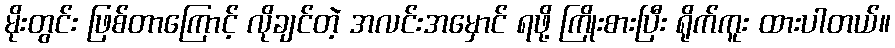
မိုးတွင်း ဖြစ်တာကြောင့် လိုချင်တဲ့ အလင်းအမှောင် ရဖို့ ကြိုးစားပြီး ရိုက်ကူး ထားပါတယ်။